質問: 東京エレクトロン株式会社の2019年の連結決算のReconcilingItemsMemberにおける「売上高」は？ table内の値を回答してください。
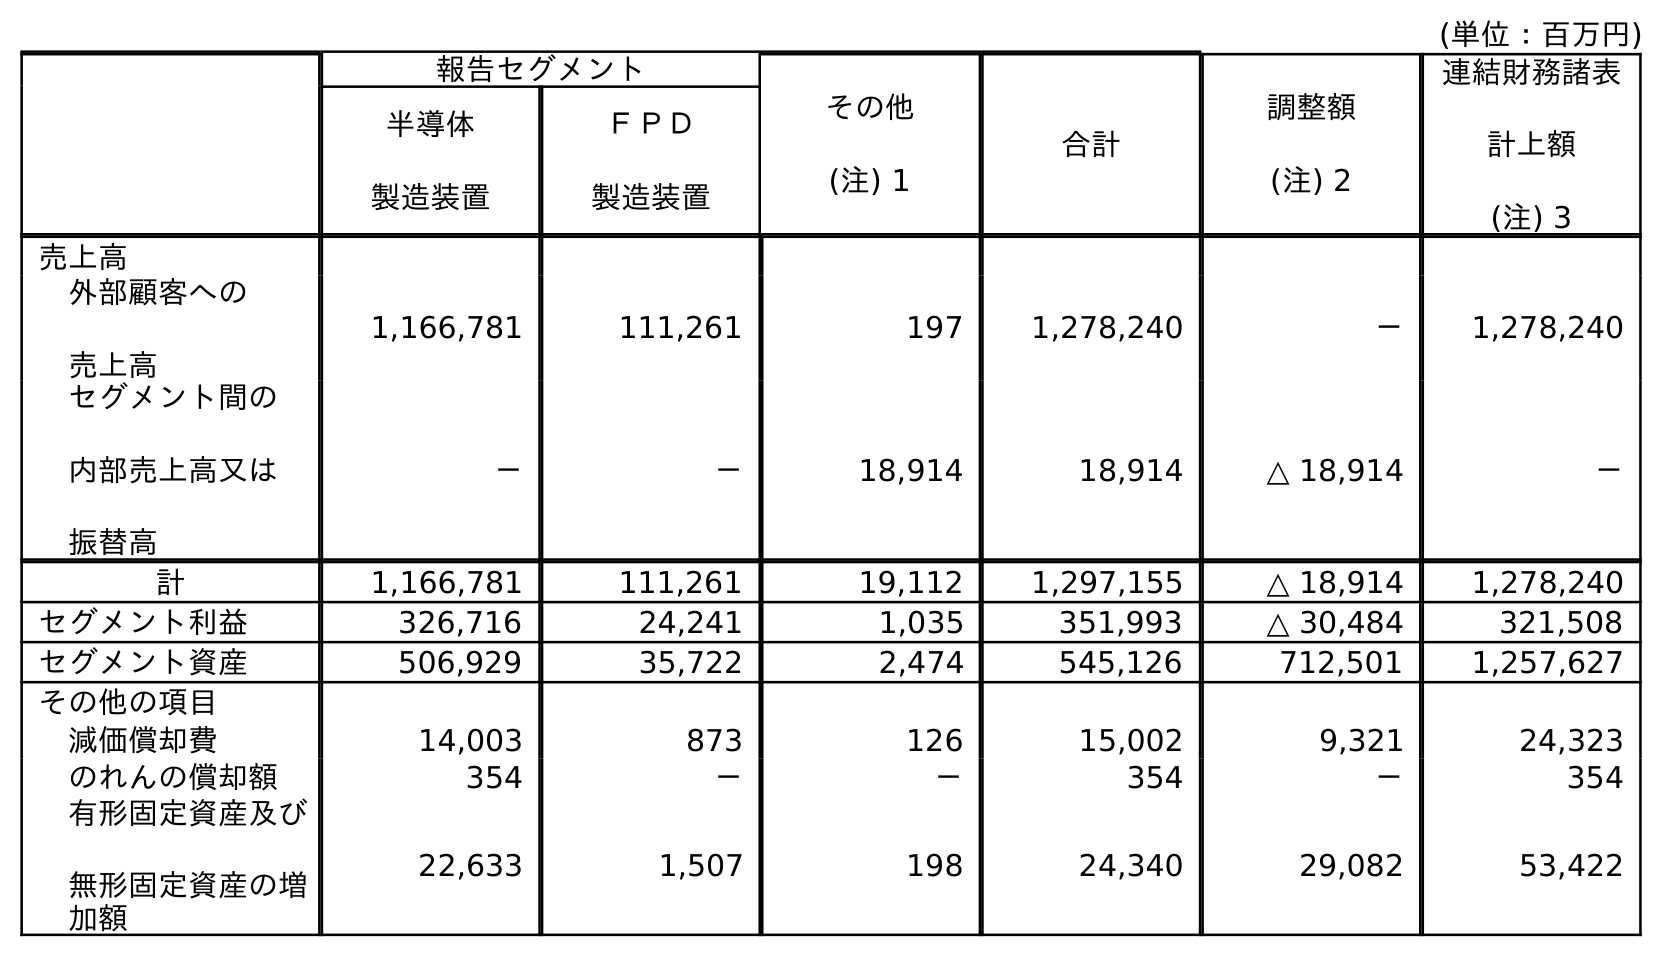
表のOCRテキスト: (単位：百万円) 報告セグメント その他 (注) 1 合計 調整額 (注) 2 連結財務諸表 計上額 (注) 3 半導体 製造装置 ＦＰＤ 製造装置 売上高 外部顧客への 売上高 1,166,781 111,261 197 1,278,240 － 1,278,240 セグメント間の 内部売上高又は 振替高 － － 18,914 18,914 △ 18,914 － 計 1,166,781 111,261 19,112 1,297,155 △ 18,914 1,278,240 セグメント利益 326,716 24,241 1,035 351,993 △ 30,484 321,508 セグメント資産 506,929 35,722 2,474 545,126 712,501 1,257,627 その他の項目 減価償却費 14,003 873 126 15,002 9,321 24,323 のれんの償却額 354 － － 354 － 354 有形固定資産及び 無形固定資産の増 加額 22,633 1,507 198 24,340 29,082 53,422
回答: △18,914